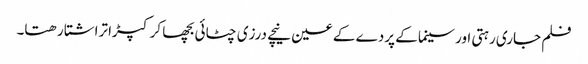
فلم جاری رہتی اور سینما کے پردے کے عین نیچے درزی چٹائی بچھا کر کپڑا تراشتا رھتا۔